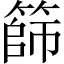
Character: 篩